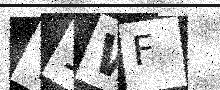
Text: Y1WF